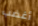
أغضب